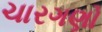
ચારગણો